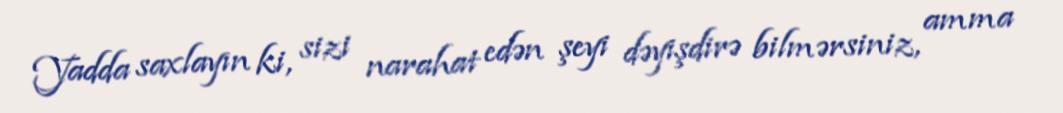
Yadda saxlayın ki, sizi narahat edən şeyi dəyişdirə bilmərsiniz, amma